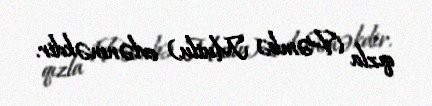
qızla (Pəmbə Mutlu) evlənməkdir.